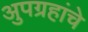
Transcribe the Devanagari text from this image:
अुपग्रहांचे